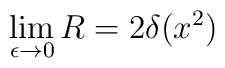
\lim_{\epsilon\to 0} R = 2 \delta(x^2)